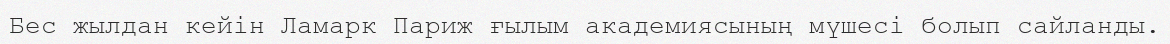
Бес жылдан кейін Ламарк Париж ғылым академиясының мүшесі болып сайланды.